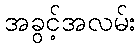
အခွင့်အလမ်း